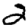
Digit: 2